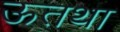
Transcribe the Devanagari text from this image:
ऊतथा